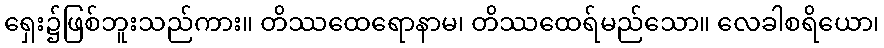
ရှေး၌ဖြစ်ဘူးသည်ကား။ တိဿထေရောနာမ၊ တိဿထေရ်မည်သော။ လေခါစရိယော၊